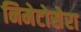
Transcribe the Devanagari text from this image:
निमेटोसेरा